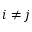
i \neq j